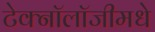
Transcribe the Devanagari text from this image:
टेक्नॉलॉजीमधे